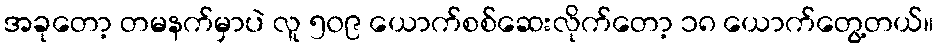
အခုတော့ တမနက်မှာပဲ လူ ၅၀၉ ယောက်စစ်ဆေးလိုက်တော့ ၁၈ ယောက်တွေ့တယ်။